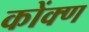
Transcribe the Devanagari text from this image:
कोंक्ण